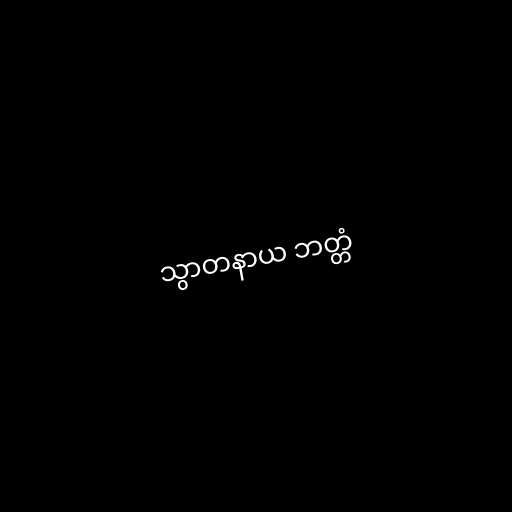
သွာတနာယ ဘတ္တံ